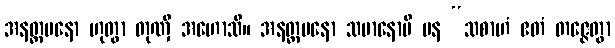
အနတ္တမနော ဟုတွာ တုဏှီ အဟောသိ။ အနတ္တမနော သမာနောပိ ပန “သစာဟံ ဧတံ တဇ္ဇေတွာ